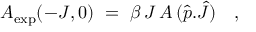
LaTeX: A _ { \mathrm { e x p } } ( - J , 0 ) \ = \ \beta \, J \, A \, ( \hat { p } . \hat { J } ) \ \ \ ,